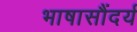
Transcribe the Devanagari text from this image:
भाषासौंदर्य